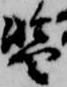
暫